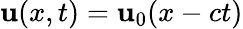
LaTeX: \mathbf{u}(x,t)=\mathbf{u}_{0}(x-ct)